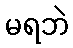
မရဘဲ